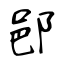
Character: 𨛗